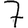
Digit: 7